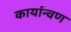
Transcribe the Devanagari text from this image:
कार्यान्वण